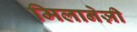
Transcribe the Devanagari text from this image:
मिलानेज़ी